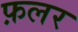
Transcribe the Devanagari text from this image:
फ़लर